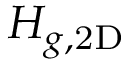
H _ { g , \mathrm { 2 D } }